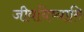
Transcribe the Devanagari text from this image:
जीवयिष्यामि